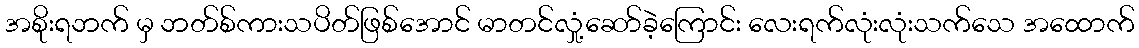
အစိုးရဘက် မှ ဘတ်စ်ကားသပိတ်ဖြစ်အောင် မာတင်လှုံ့ဆော်ခဲ့ကြောင်း လေးရက်လုံးလုံးသက်သေ အထောက်